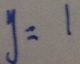
y = 1